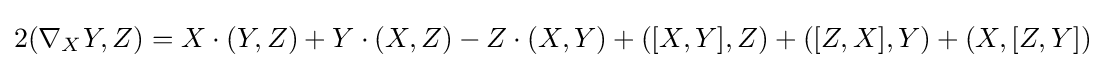
2(\nabla _{X}Y,Z)=X\cdot (Y,Z)+Y\cdot (X,Z)-Z\cdot (X,Y)+([X,Y],Z)+([Z,X],Y)+(X,[Z,Y])